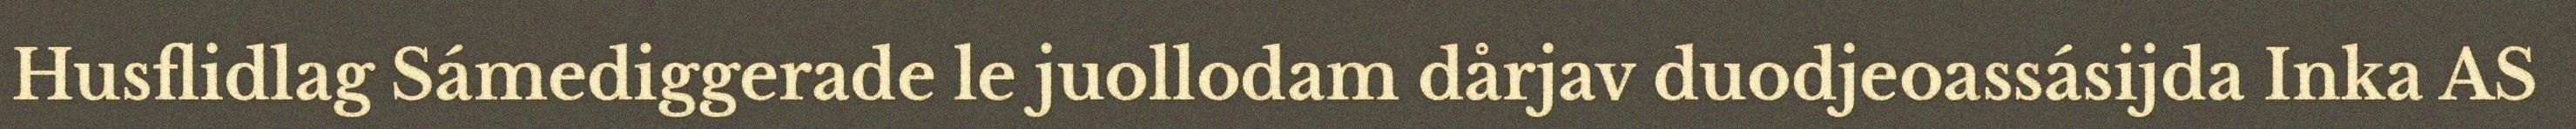
Husflidlag Sámediggerade le juollodam dårjav duodjeoassásijda Inka AS